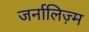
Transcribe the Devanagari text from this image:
जर्नालिज़्म